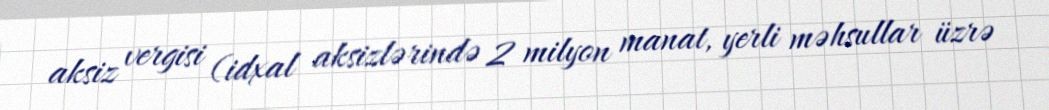
aksiz vergisi (idxal aksizlərində 2 milyon manat, yerli məhsullar üzrə